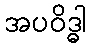
အပဝိဒ္ဓါ